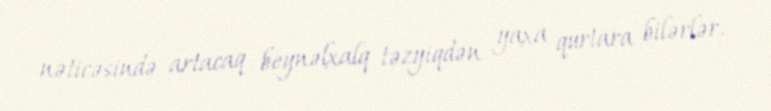
nəticəsində artacaq beynəlxalq təzyiqdən yaxa qurtara bilərlər.